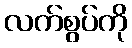
လက်စွပ်ကို